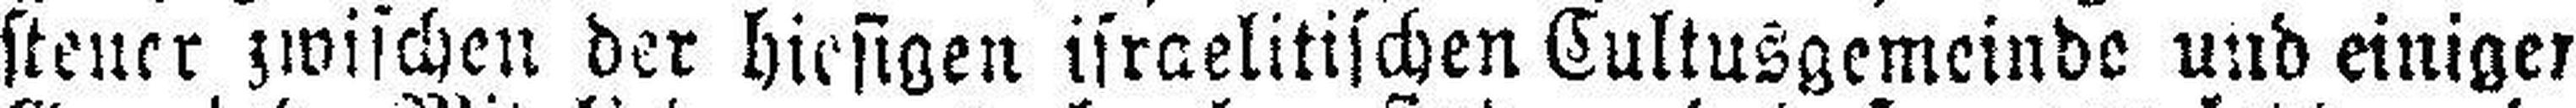
steuer zwischen der hiesigen israelitischen Cultusgemeinde und einiger